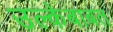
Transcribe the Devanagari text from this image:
उल्केबाबत